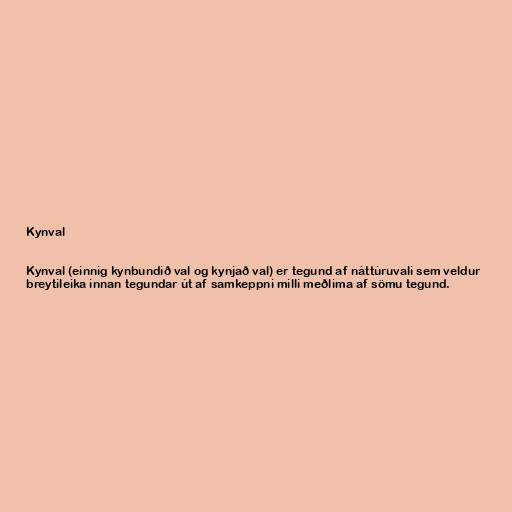
Kynval

Kynval (einnig kynbundið val og kynjað val) er tegund af náttúruvali sem veldur
breytileika innan tegundar út af samkeppni milli meðlima af sömu tegund.